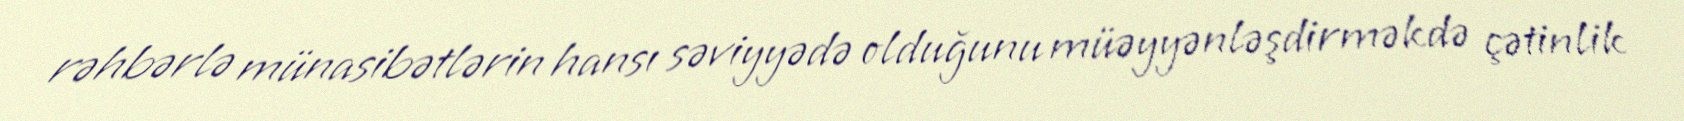
rəhbərlə münasibətlərin hansı səviyyədə olduğunu müəyyənləşdirməkdə çətinlik